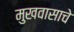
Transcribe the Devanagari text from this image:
मुखवासाचे